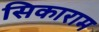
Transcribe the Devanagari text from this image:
सिकाराम